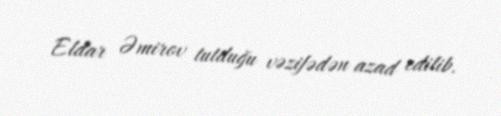
Eldar Əmirov tutduğu vəzifədən azad edilib.